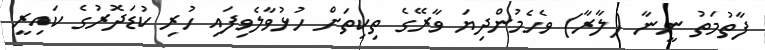
ފާތުމަތު ނީނާ (ލާރާ) ވެހެމުންދިޔަ ވާރޭގެ ތިކިތަށް ހުޅުވާލެވިފައި ހުރި ކުޑަދޮރުގެ ކައިރީ